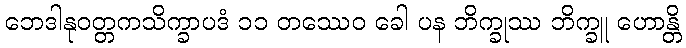
ဘေဒါနုဝတ္တကသိက္ခာပဒံ ၁၁ တဿေဝ ခေါ ပန ဘိက္ခုဿ ဘိက္ခူ ဟောန္တိ